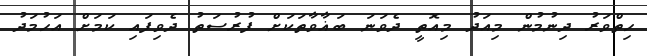
ހިތްވަރު ދިނުމުން މިއަދު މިއޮތީ ދެވަނަ ބަޣާވާތަކަށް ފުރުސަތު ދެވިފައި ކަމަށް އަހުމަދު